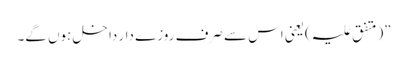
”(متفق علیہ)یعنی اس سے صرف روزے دار داخل ہوں گے۔